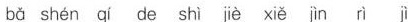
bǎ shén qí de shì jiè xiě jìn rì jì